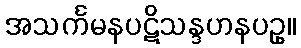
အသင်္ကမနပဋိသန္ဒဟနပဥှ။